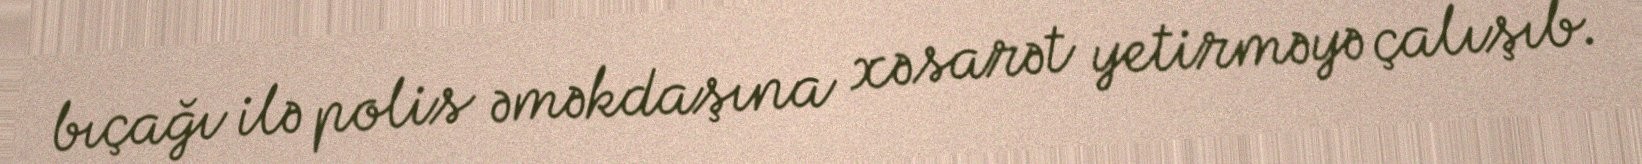
bıçağı ilə polis əməkdaşına xəsarət yetirməyə çalışıb.